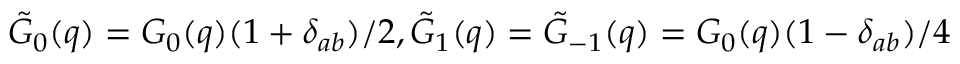
\tilde { G } _ { 0 } ( q ) = G _ { 0 } ( q ) ( 1 + \delta _ { a b } ) / 2 , \tilde { G } _ { 1 } ( q ) = \tilde { G } _ { - 1 } ( q ) = G _ { 0 } ( q ) ( 1 - \delta _ { a b } ) / 4